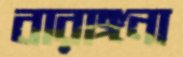
বারাঙ্গনা